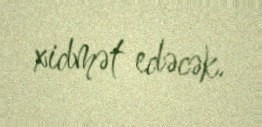
xidmət edəcək.